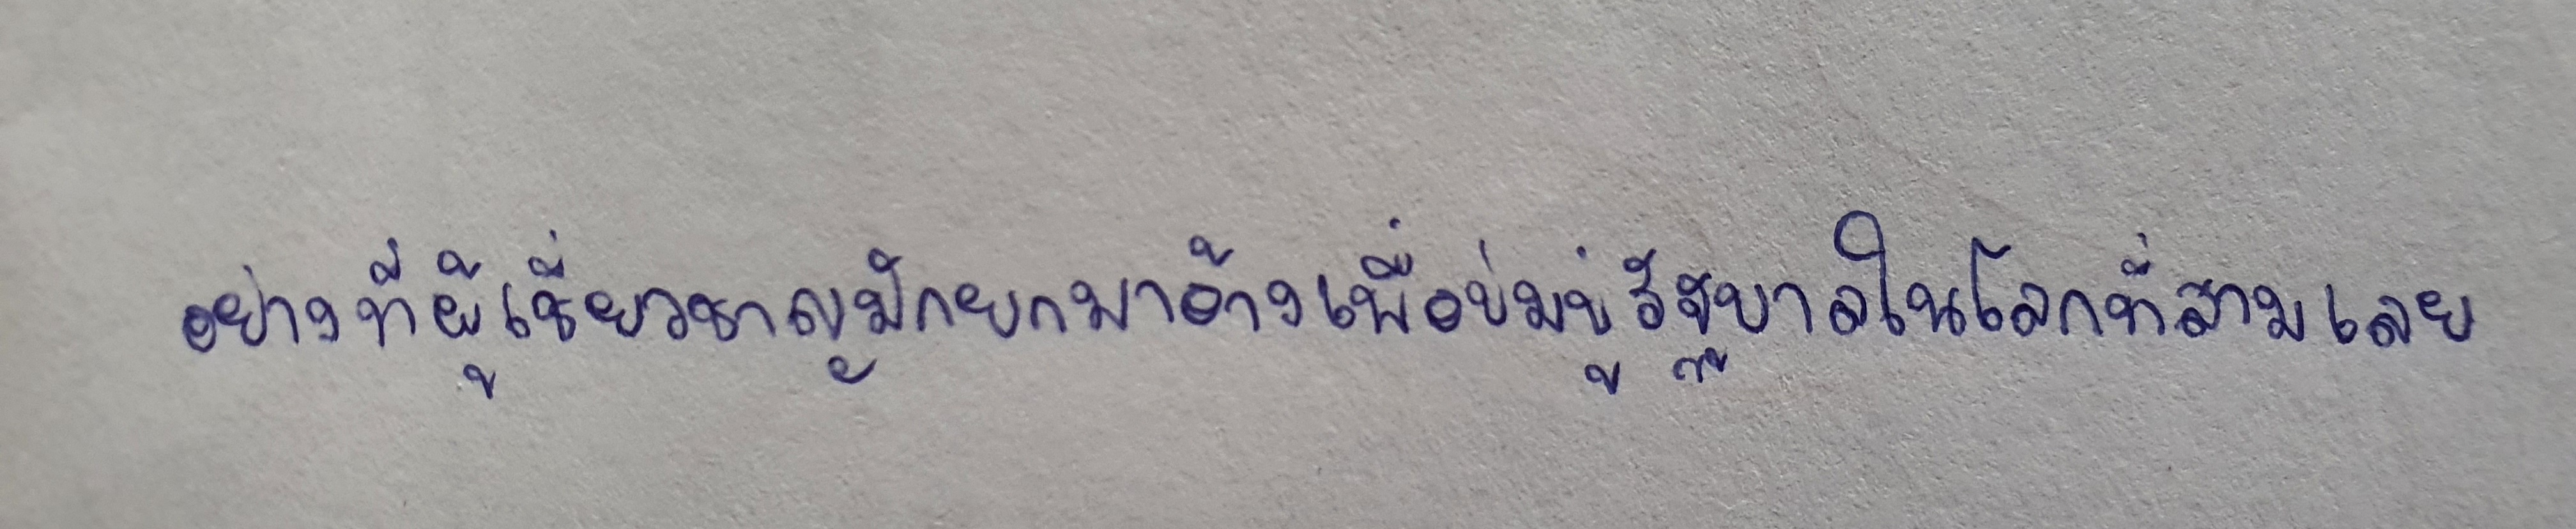
อย่างที่ผู้เชี่ยวชาญมักยกมาอ้างเพื่อข่มขู่รัฐบาลในโลกที่สามเลย